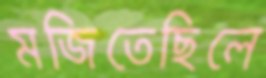
মজিতেছিলে